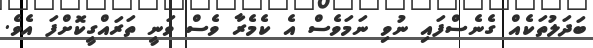
ބަދަލުތަކެއް ގެނެސްފައި ނުވި ނަމަވެސް އެ ކެމެރާ ވެސް ވަނީ ތަަރައްގީކޮށްފަ އެވެ.